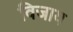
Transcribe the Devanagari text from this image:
विजाय